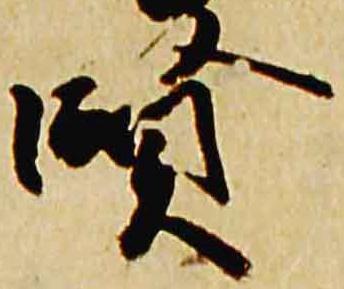
賢